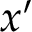
x ^ { \prime }